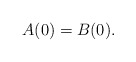
\begin{align*} A(0) = B(0). \end{align*}